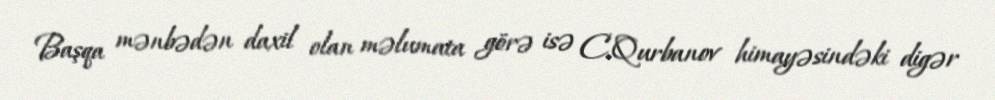
Başqa mənbədən daxil olan məlumata görə isə C.Qurbanov himayəsindəki digər